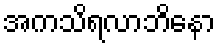
အကသိရလာဘိနော